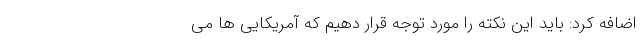
اضافه کرد: باید این نکته را مورد توجه قرار دهیم که آمریکایی ها می